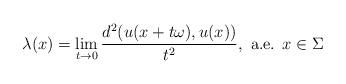
LaTeX: \begin{align*} \lambda(x) = \lim_{t \rightarrow 0} \frac{d^2(u(x+t\omega),u(x))}{t^2}, \mbox{ a.e. } x \in \Sigma\end{align*}